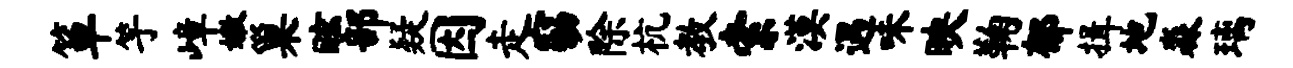
箪竽嶂嫩巢眩部疑因走窈除杭教索漠遇味映鞠郁揖地淼璃